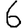
Digit: 6